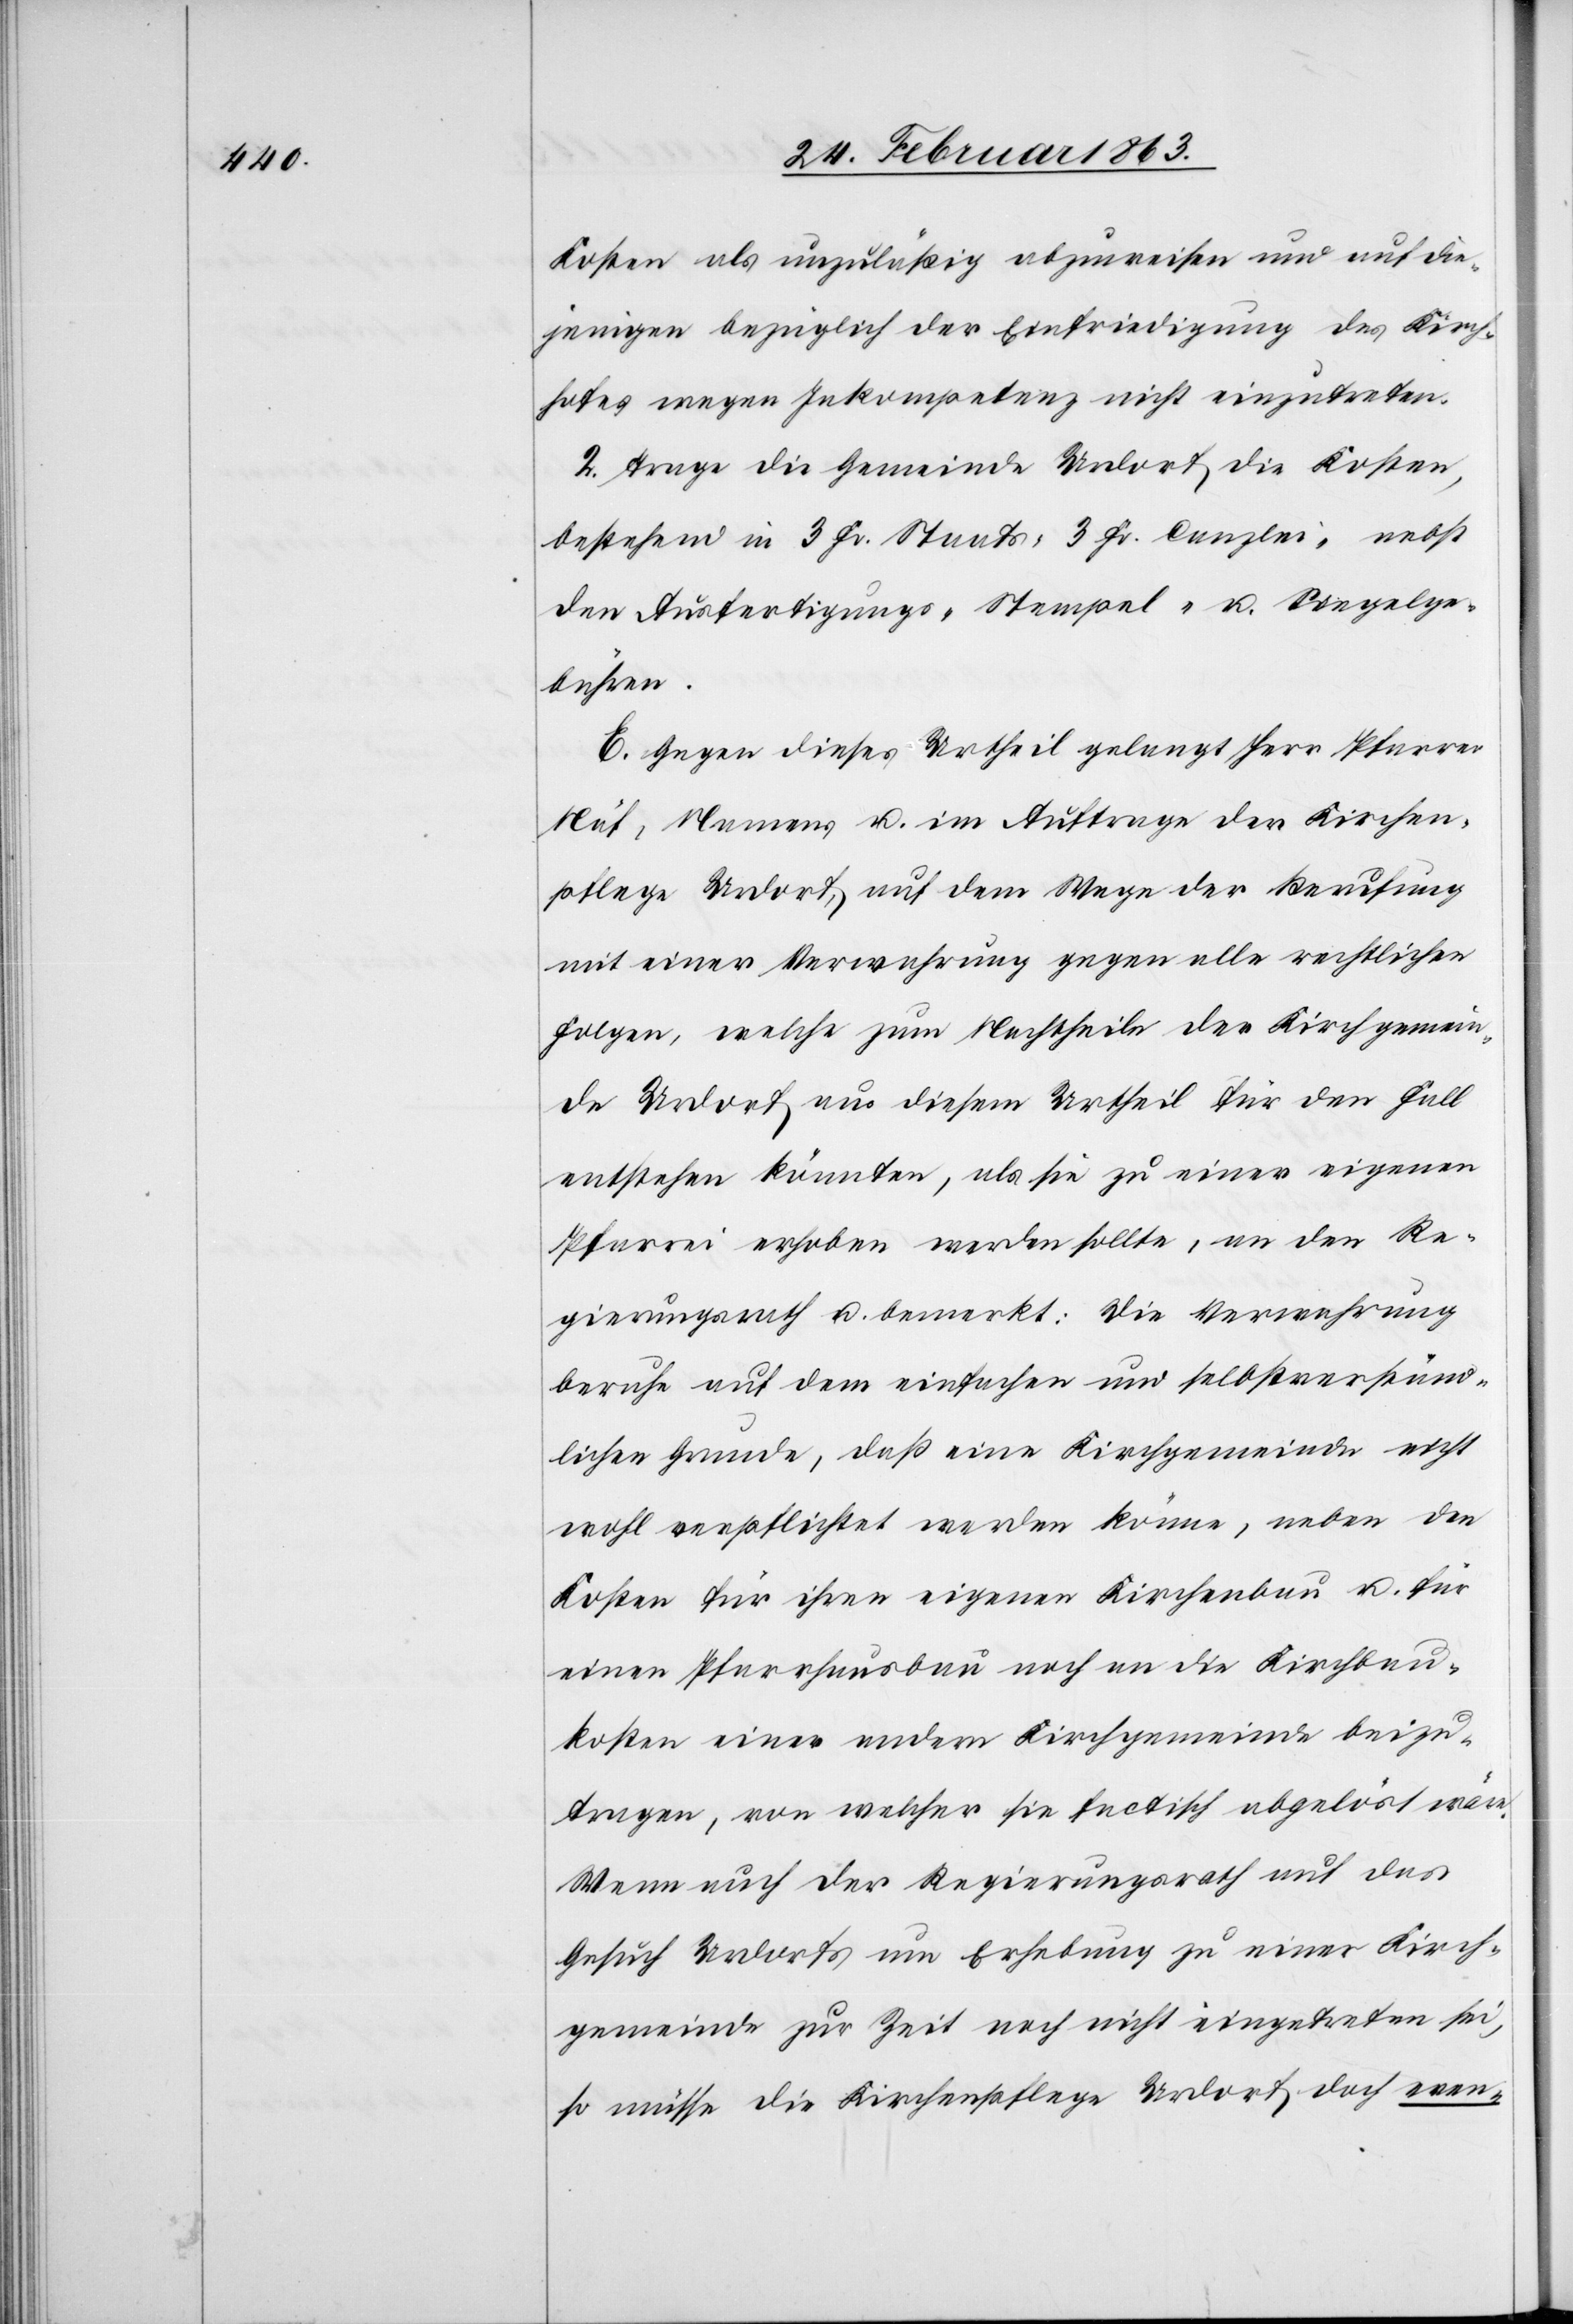
Kosten als unzuläßig abzuweisen und auf die¬
jenigen bezüglich der Einfriedigung des Kirch¬
hofes wegen Inkompetenz nicht einzutreten.
2. Trage die Gemeinde Urdorf die Kosten,
bestehend in 3 Fr. Staats-[,] 3 Fr. Canzlei- nebst
den Ausfertigungs-[,] Stempel- u. Siegelge¬
bühren.
E. Gegen dieses Urtheil gelangt Herr Pfarrer
Näf, Namens u. im Auftrage der Kirchen¬
pflege Urdorf, auf dem Wege der Berufung
mit einer Verwahrung gegen alle rechtlichen
Folgen, welche zum Nachtheile der Kirchgemein¬
de Urdorf aus diesem Urtheil für den Fall
entstehen könnten, als sie zu einer eigenen
Pfarrei erhoben werden solle, an den Re¬
gierungsrath u. bemerkt: Die Verwahrung
beruhe auf dem einfachen und selbstverständ¬
lichen Grunde, daß eine Kirchgemeinde nicht
wohl verpflichtet werden könne, neben den
Kosten für ihren eigenen Kirchenbau u. für
einen Pfarrhausbau noch an die Kirchbau¬
kosten einer andern Kirchgemeinde beizu¬
tragen, von welcher sie factisch abgelöst wäre.
Wenn auch der Regierungsrath auf das
Gesuch Urdorfs um Erhebung zu einer Kirch¬
gemeinde zur Zeit noch nicht eingetreten sei,
so müsse die Kirchenpflege Urdorf doch even-